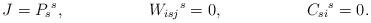
LaTeX: \begin{align*} J & = P_s{}^s, & W_{isj}{}^s & = 0, & C_{si}{}^s & = 0 .\end{align*}